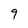
Character: 9